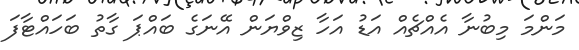
މަންމަ މިބުނާ އެއްޗެއް އަޑު އަހާ ޒިވްޔަން އޭނަގެ ބައްޕަ ގާތު ބަހައްޓާފަ